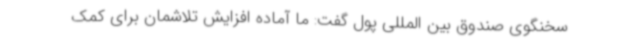
سخنگوی صندوق بین المللی پول گفت: ما آماده افزایش تلاشمان برای کمک